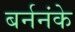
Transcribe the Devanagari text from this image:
बर्ननंके